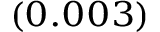
_ { ( 0 . 0 0 3 ) }